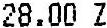
28.00 Z